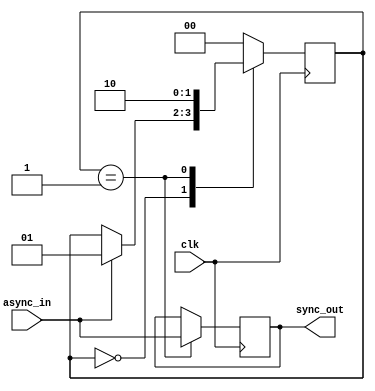
module async_fifo_synchronizer (
    input wire clk,
    input wire async_in,
    output reg sync_out
);

reg [1:0] state;

always @(posedge clk) begin
    case (state)
        2'b00: begin
            // State where asynchronous signal is sampled
            if (async_in) begin
                state <= 2'b01;
            end
        end
        2'b01: begin
            // State where signal is synchronized to the clock domain
            sync_out <= async_in;
            state <= 2'b10;
        end
        default: begin
            state <= 2'b00; // Reset state machine
        end
    endcase
end

endmodule